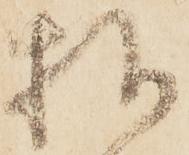
様